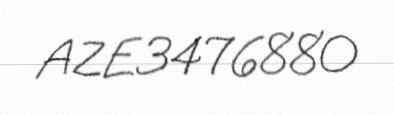
AZE3476880